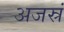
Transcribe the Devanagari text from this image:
अजस्रं